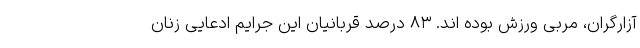
آزارگران، مربی ورزش بوده اند. ۸۳ درصد قربانیان این جرایم ادعایی زنان